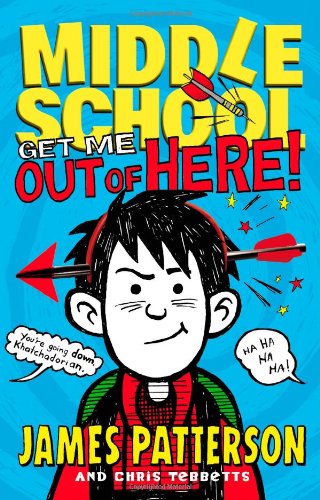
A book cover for Middle School: Get Me out of Here!; James Patterson; Children's Books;